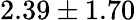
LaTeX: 2.39\pm 1.70